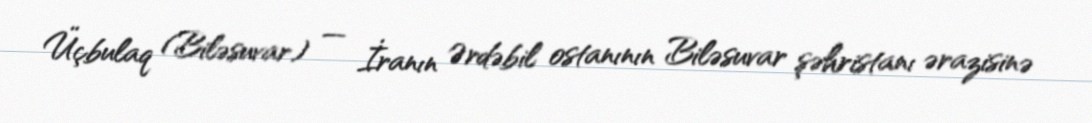
Üçbulaq (Biləsuvar) — İranın Ərdəbil ostanının Biləsuvar şəhristanı ərazisinə